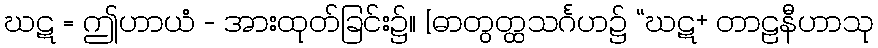
ဃဋ = ဤဟာယံ - အားထုတ်ခြင်း၌။ [ဓာတွတ္ထသင်္ဂဟ၌ “ဃဋ+ တာဠနီဟာသု